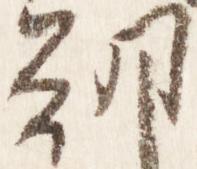
朝